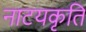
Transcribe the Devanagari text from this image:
नाटयकृति